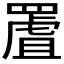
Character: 𦋾